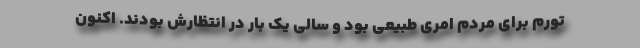
تورم برای مردم امری طبیعی بود و سالی یک بار در انتظارش بودند. اکنون